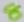
Text: 8